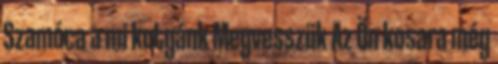
Szamóca a mi kutyánk Megvesszük Az Ön kosara még